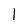
Character: l